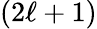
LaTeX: (2\ell+1)